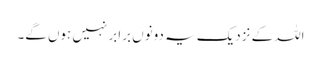
اللہ کے نزدیک یہ دونوں برابر نہیں ہوں گے۔